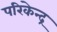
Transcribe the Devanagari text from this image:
परिकेन्द्र